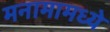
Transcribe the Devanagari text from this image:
मनामामध्ये